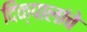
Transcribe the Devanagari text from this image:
दिक्‌पालांचे